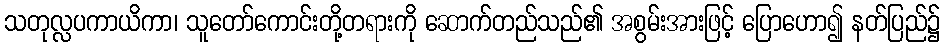
သတုလ္လပကာယိကာ၊ သူတော်ကောင်းတို့တရားကို ဆောက်တည်သည်၏ အစွမ်းအားဖြင့် ပြောဟော၍ နတ်ပြည်၌